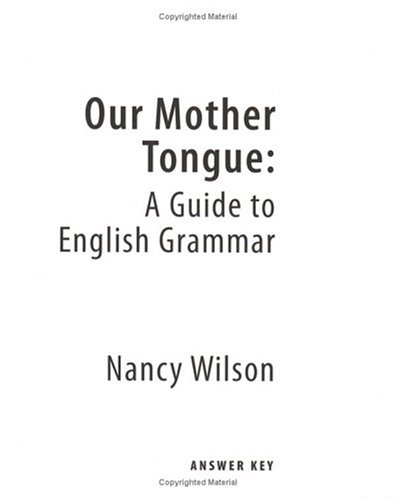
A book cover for Our Mother Tongue: A Guide to English Grammar (Answer Key); Nancy Wilson; Teen & Young Adult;